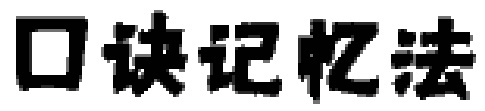
口诀记忆法